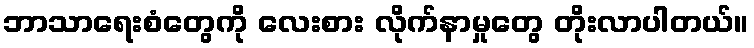
ဘာသာရေးစံတွေကို လေးစား လိုက်နာမှုတွေ တိုးလာပါတယ်။